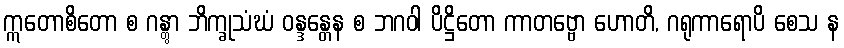
ဣတောစိတော စ ဂန္တွာ ဘိက္ခုသံဃံ ဝန္ဒန္တေန စ ဘဂဝါ ပိဋ္ဌိတော ကာတဗ္ဗော ဟောတိ, ဂရုကာရောပိ စေသ န